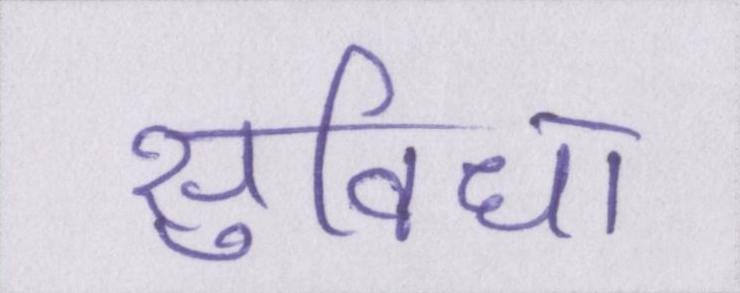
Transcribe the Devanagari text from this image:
सुविधा